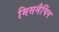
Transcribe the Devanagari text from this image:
मिसमैचिंग